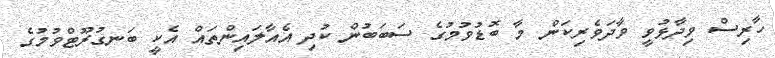
ހާރިސް ވިދާޅުވީ ވާދަވެރިކަން މާ ބޮޑުވުމުގެ ސަބަބުން ކުދި އެއާލައިންތައް އެކީ ބަނގުރޫޓްވުމުގެ